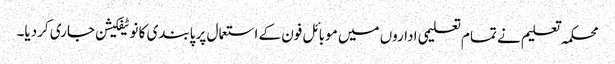
محکمہ تعلیم نے تمام تعلیمی اداروں میں موبائل فون کے استعمال پر پابندی کا نوٹیفکیشن جاری کردیا۔